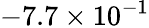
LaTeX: -7.7\times 10^{-1}